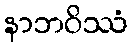
နာဘဝိဿံ